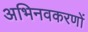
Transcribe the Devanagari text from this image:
अभिनवकरणों